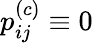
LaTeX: p_{ij}^{(c)}\equiv 0